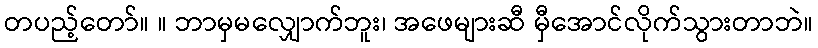
တပည့်တော်။ ။ ဘာမှမလျှောက်ဘူး၊ အဖေများဆီ မှီအောင်လိုက်သွားတာဘဲ။